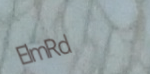
ElmRd